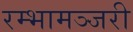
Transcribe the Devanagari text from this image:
रम्भामञ्जरी